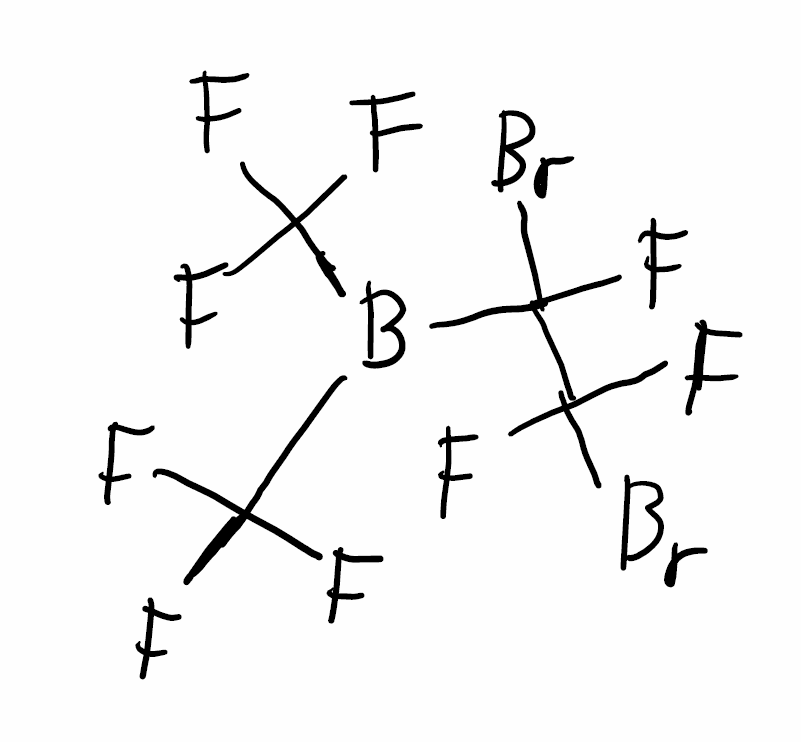
Simplified molecular-input line-entry system (SMILES) notation of the given molecule:
B(C(C(F)(F)Br)(F)Br)(C(F)(F)F)C(F)(F)F